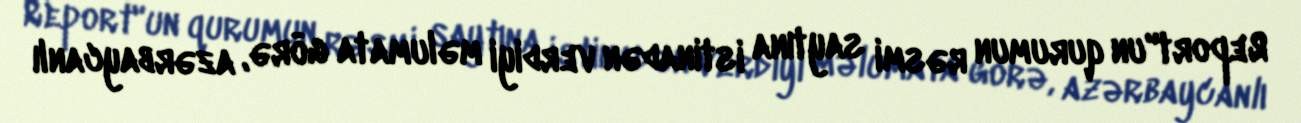
Report"un qurumun rəsmi saytına istinadən verdiyi məlumata görə, azərbaycanlı